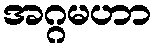
အဂ္ဂမဟာ